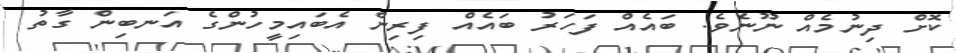
ކޮށް ދިނުމެއް ނޫނެވެ. ބައެއް ފަހަރު ބައެއް ފިރިން އެބައިމީހުންގެ އަނބިން ގާތު